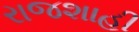
રાજશાહી